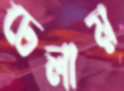
ঢেলায়